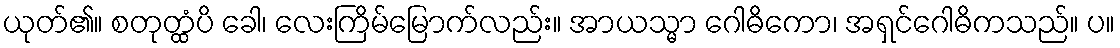
ယုတ်၏။ စတုတ္ထံပိ ခေါ၊ လေးကြိမ်မြောက်လည်း။ အာယသ္မာ ဂေါဓိကော၊ အရှင်ဂေါဓိကသည်။ ပ။